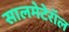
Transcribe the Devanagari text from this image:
सालमेटेरॉल